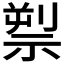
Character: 𥚘